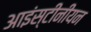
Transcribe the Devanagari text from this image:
आइंस्टीनीयन